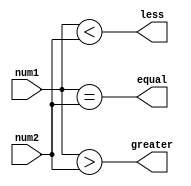
module comparator(
    input [31:0] num1,
    input [31:0] num2,
    output equal,
    output greater,
    output less
);

assign equal = (num1 == num2);
assign greater = (num1 > num2);
assign less = (num1 < num2);

endmodule